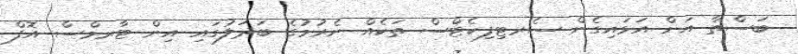
ބަސްތާ އަށް އަޅައިގެން ސެރޓިފިކެޓްސް ތަކެއް ނެރުމުގެ ބަދަލުގައި އިން ޓާރމްސް އޮފް